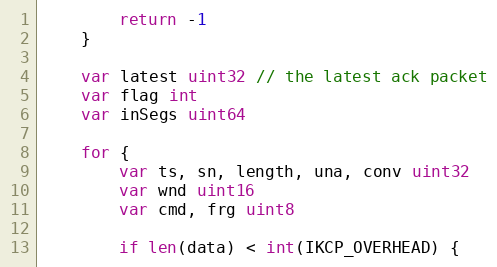
Language: Go
		return -1
	}

	var latest uint32 // the latest ack packet
	var flag int
	var inSegs uint64

	for {
		var ts, sn, length, una, conv uint32
		var wnd uint16
		var cmd, frg uint8

		if len(data) < int(IKCP_OVERHEAD) {